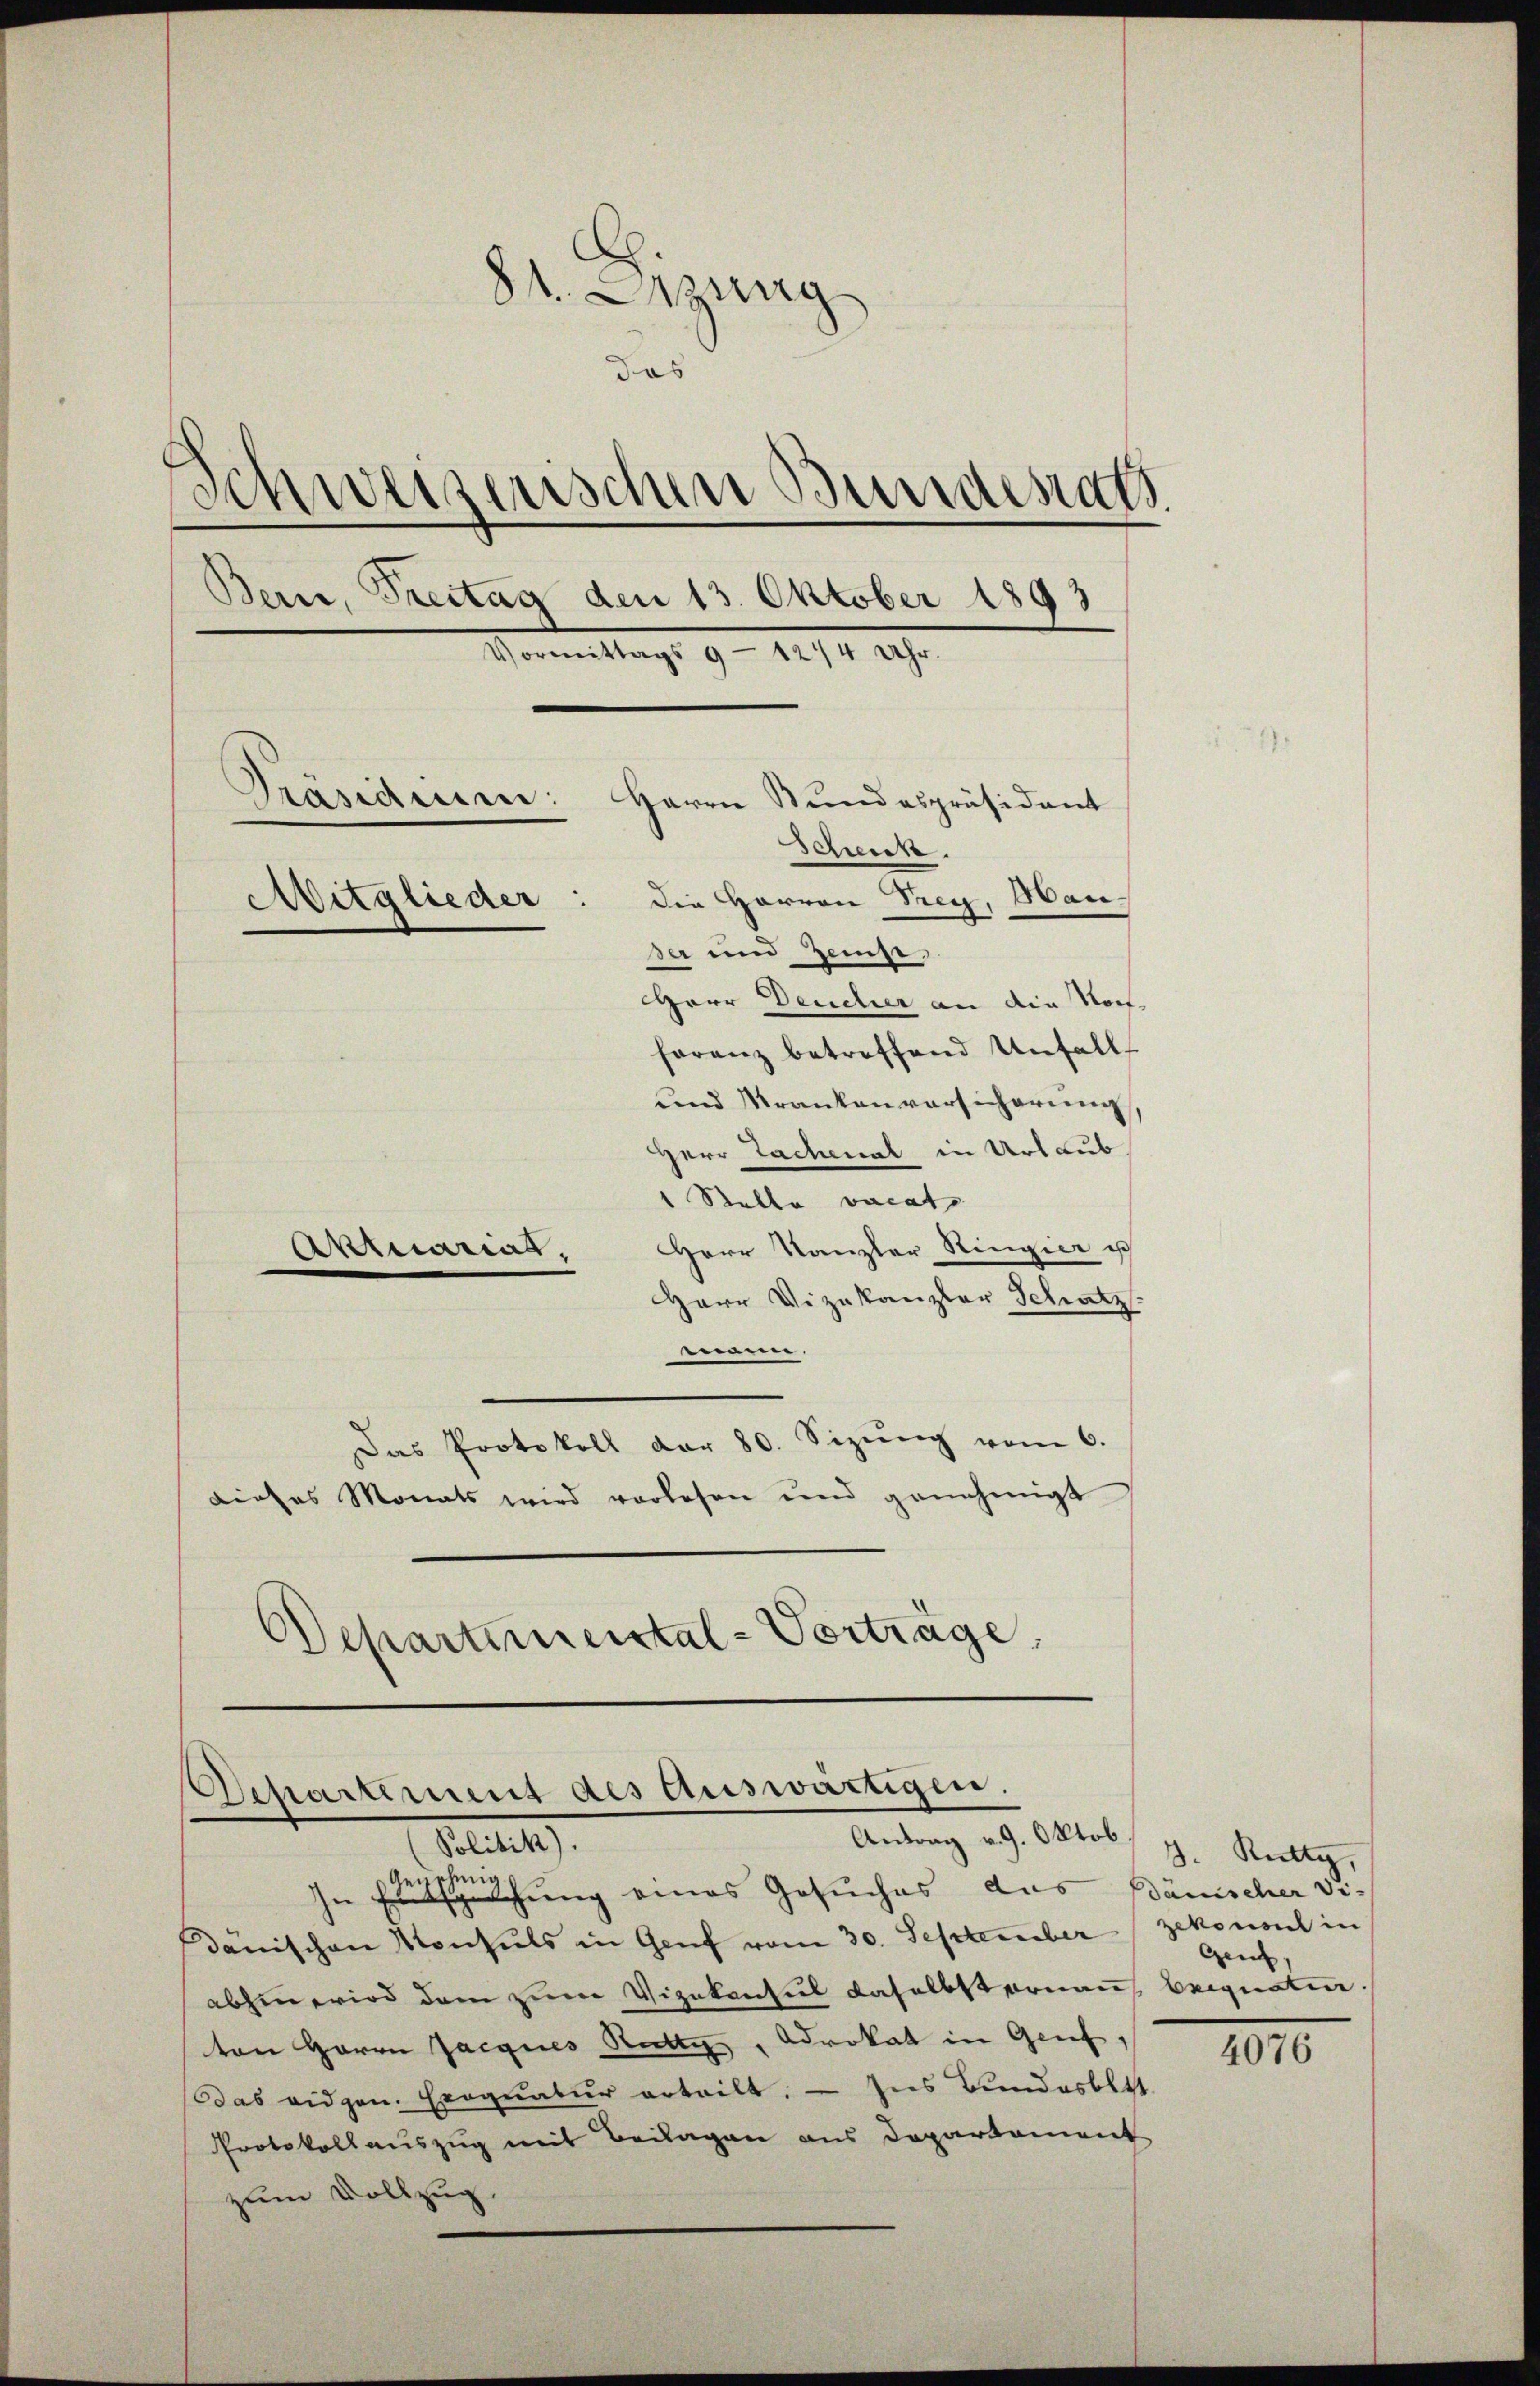
8t Sitzung
das
Weizerischen Bundesrath
¬
Bern, Freitag den 13. Oktober 1893
Kommittags 9 - 1894. 28.
Präsidium:
Herrn Stundespräsident
Scheck.
Mitglieder: die Herren Frey, Wander und zeige,
Herr Deucher an die Noch
ferenz betreffend Unfall
und Krankenversicherung
Herr Lachenal in Urlaub

1 Stelle vocat
Herr Kanzler Ringier u
Herr Vizekanzler Schatz
tie
Das Protokoll der 80. Sizŭng vom 6.
dieses Monats wird vorlesen und genehmigt
Departemental-Vorträge,

Aktuariat,

Separtement des Auswärtigen,
Flitte
Antrag v. 9. Oktob. J. Rutty,

In Eichung eines Gesuches aus Bänischer vi-
dänischen Konsuls in Genf vom 30. September zekonsul in
abhin wird dem zum Vizekonsul daselbsternau beigneten.
ton Herrn Jacques Rutty, Advokat in Genf,
Das eidgen. Exequatur erteilt. - Ins Bundesbett.
Protokollauszug mit Beilagen aus Departement
zum Vollzug.

Genf,

4076